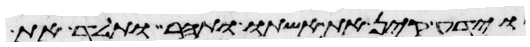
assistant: וידע קין את אשתו ותהר ותלד את